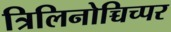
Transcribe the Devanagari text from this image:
त्रिलिनोच्चिच्पर